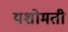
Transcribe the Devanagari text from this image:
यशोमती